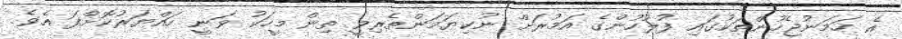
އެ ހަމަނުޖެހުންތަކުގައި ފުލުހުންގެ އަމުރަށް ނުކިޔަމަންތެރިވީ ތިން މީހަކު ވަނީ ހައްޔަރުކޮށްފަ އެވެ.